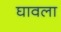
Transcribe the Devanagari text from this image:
घावला